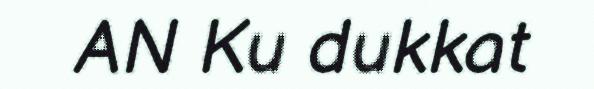
AN Ku dukkat